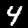
Label: 4